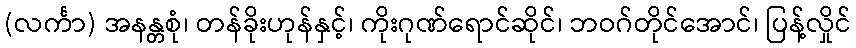
(လင်္ကာ) အနန္တစုံ၊ တန်ခိုးဟုန်နှင့်၊ ကိုးဂုဏ်ရောင်ဆိုင်၊ ဘဝဂ်တိုင်အောင်၊ ပြန့်လှိုင်